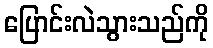
ပြောင်းလဲသွားသည်ကို